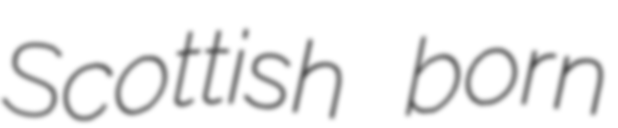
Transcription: Scottish born